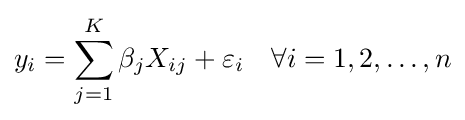
y_{i}=\sum _{j=1}^{K}\beta _{j}X_{ij}+\varepsilon _{i}\quad \forall i=1,2,\ldots ,n